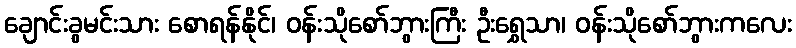
ချောင်းခွမင်းသား စောရန်နိုင်၊ ဝန်းသိုစော်ဘွားကြီး ဦးရွှေသာ၊ ဝန်းသိုစော်ဘွားကလေး